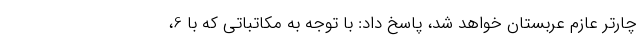
چارتر عازم عربستان خواهد شد، پاسخ داد: با توجه به مکاتباتی که با 6،